Civil Veterinary Dept. North-West Frontier Province 1933-46 - 1933-1946
Year: 1933
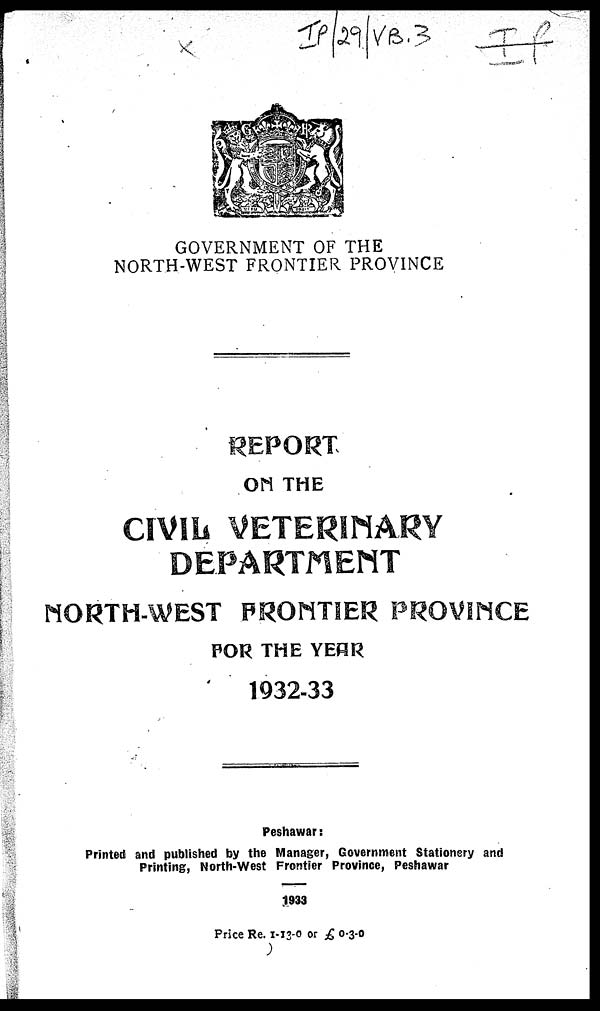
GOVERNMENT OF THE
NORTH-WEST FRONTIER PROVINCE
REPORT
ON THE
CIVIL VETERINARY
DEPARTMENT
NORTH-WEST FRONTIER PROVINCE
FOR THE YEAR
1932-33
Peshawar :
Printed and published by the Manager, Government Stationery and
Printing, North-West Frontier Province, Peshawar
1933
Price Re. 1-13-0 or £ 0-3-0